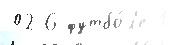
02 6 футбо́л'е 1